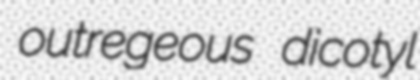
outregeous dicotyl